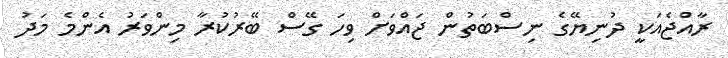
ރާއްޖެއަކީ ދުނިޔޭގެ ނިސްބަތުން ޖައްވަށް ވިހަ ގޭސް ބޭރުކުރާ މިންވަރު އެންމެ މަދު